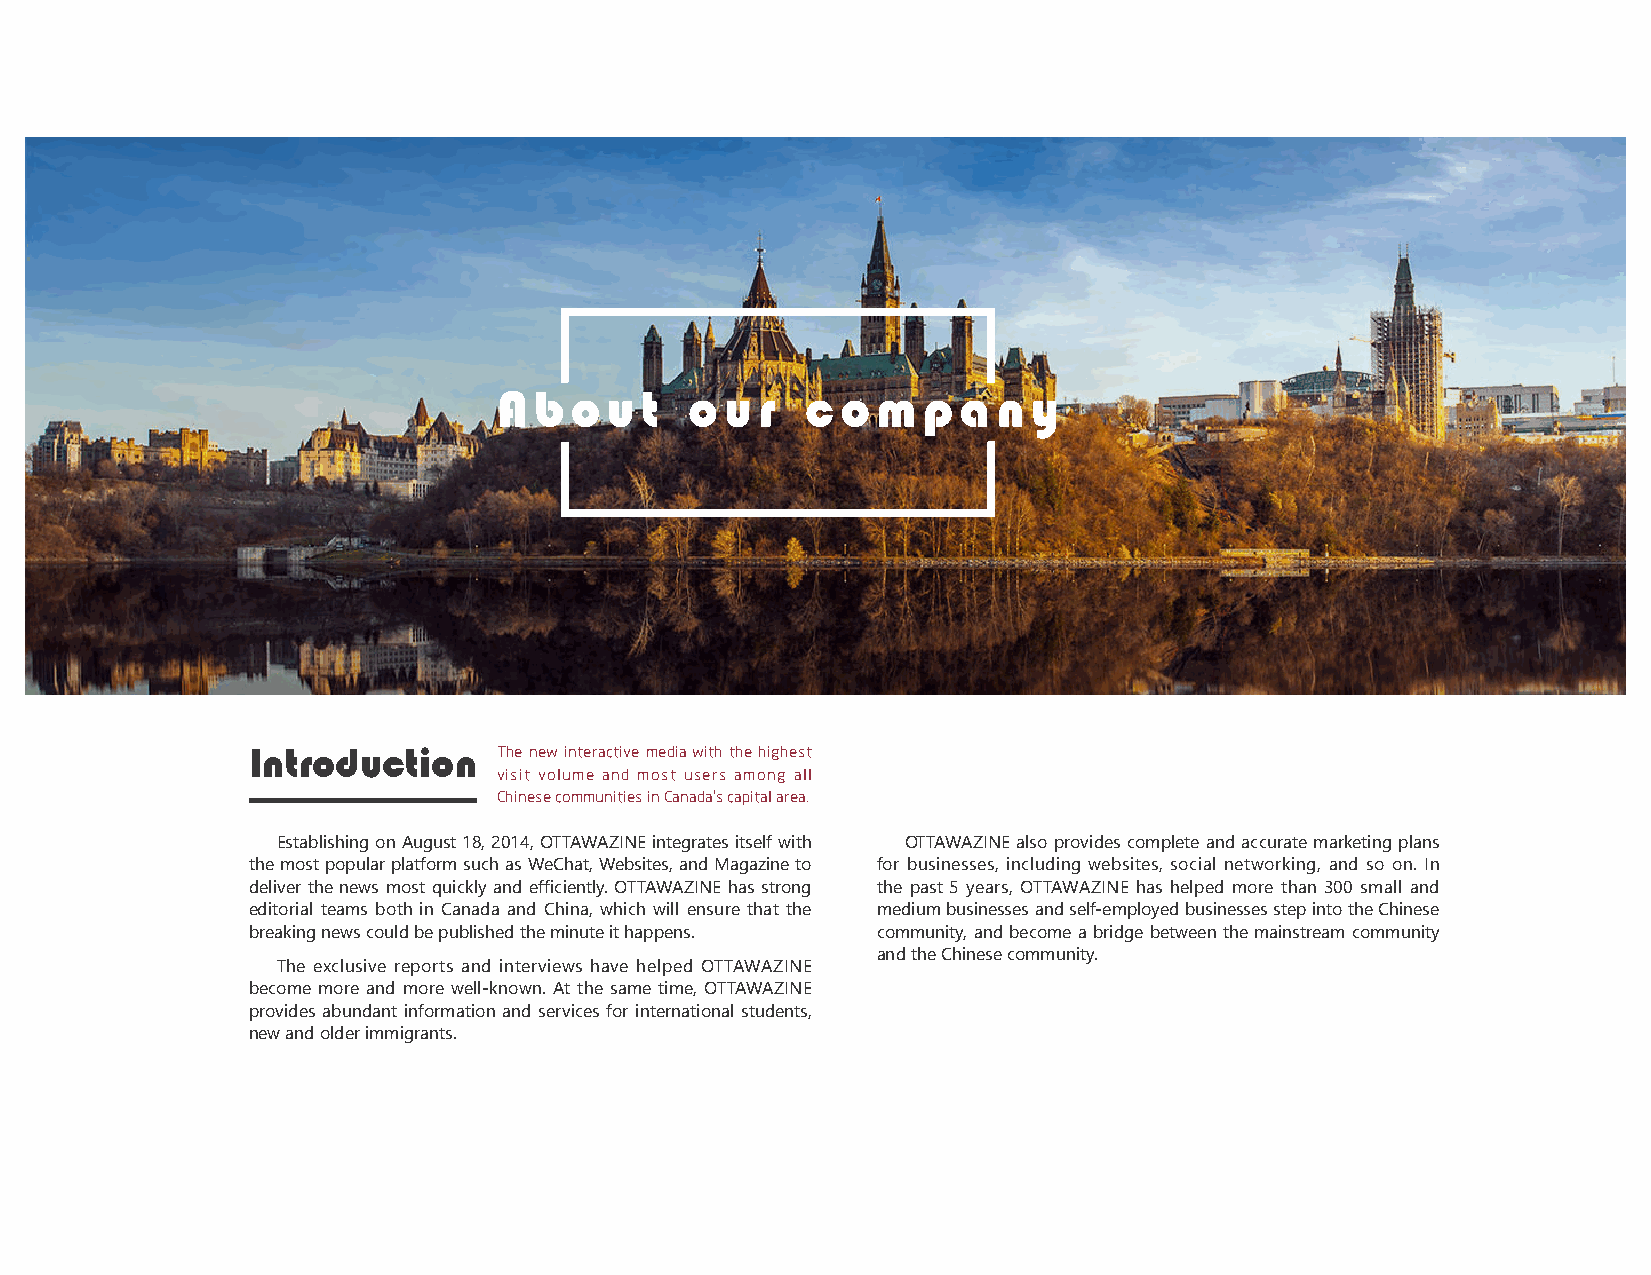
About        our    company
 Introduction     The new interactive media with the highest
 visit volume and most users among all
 Chinese communities in Canada's capital area.
 Establishing on August 18, 2014, OTTAWAZINE integrates itself with OTTAWAZINE also provides complete and accurate marketing plans
 the most popular platform such as WeChat, Websites, and Magazine to for businesses, including websites, social networking, and so on. In
 deliver the news most quickly and efficiently. OTTAWAZINE has strong the past 5 years, OTTAWAZINE has helped more than 300 small and
 editorial teams both in Canada and China, which will ensure that the medium businesses and self-employed businesses step into the Chinese
 breaking news could be published the minute it happens. community, and become a bridge between the mainstream community
 and the Chinese community.
 The exclusive reports and interviews have helped OTTAWAZINE
 become more and more well-known. At the same time, OTTAWAZINE
 provides abundant information and services for international students,
 new and older immigrants.